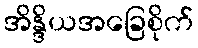
အိန္ဒိယအခြေစိုက်